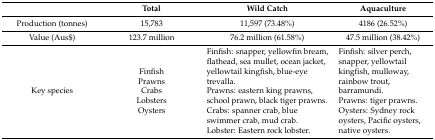
<table><thead><tr><td></td><td><b>Total</b></td><td><b>Wild Catch</b></td><td><b>Aquaculture</b></td></tr></thead><tbody><tr><td>Production (tonnes)</td><td>15,783</td><td>11,597 (73.48%)</td><td>4186 (26.52%)</td></tr><tr><td>Value (Aus$)</td><td>123.7 million</td><td>76.2 million (61.58%)</td><td>47.5 million (38.42%)</td></tr><tr><td>Key species</td><td>Finfish PrawnsCrabsLobstersOysters</td><td>Finfish: snapper, yellowfin bream, flathead, sea mullet, ocean jacket, yellowtail kingfish, blue-eye trevalla.Prawns: eastern king prawns, school prawn, black tiger prawns.Crabs: spanner crab, blue swimmer crab, mud crab.Lobster: Eastern rock lobster.</td><td>Finfish: silver perch, snapper, yellowtail kingfish, mulloway, rainbow trout, barramundi.Prawns: tiger prawns.Oysters: Sydney rock oysters, Pacific oysters, native oysters.</td></tr></tbody></table>